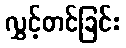
လွှင့်တင်ခြင်း